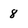
Character: 8